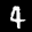
Label: 4